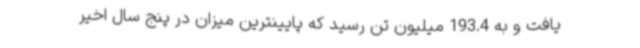
یافت و به 193.4 میلیون تن رسید که پایینترین میزان در پنج سال اخیر